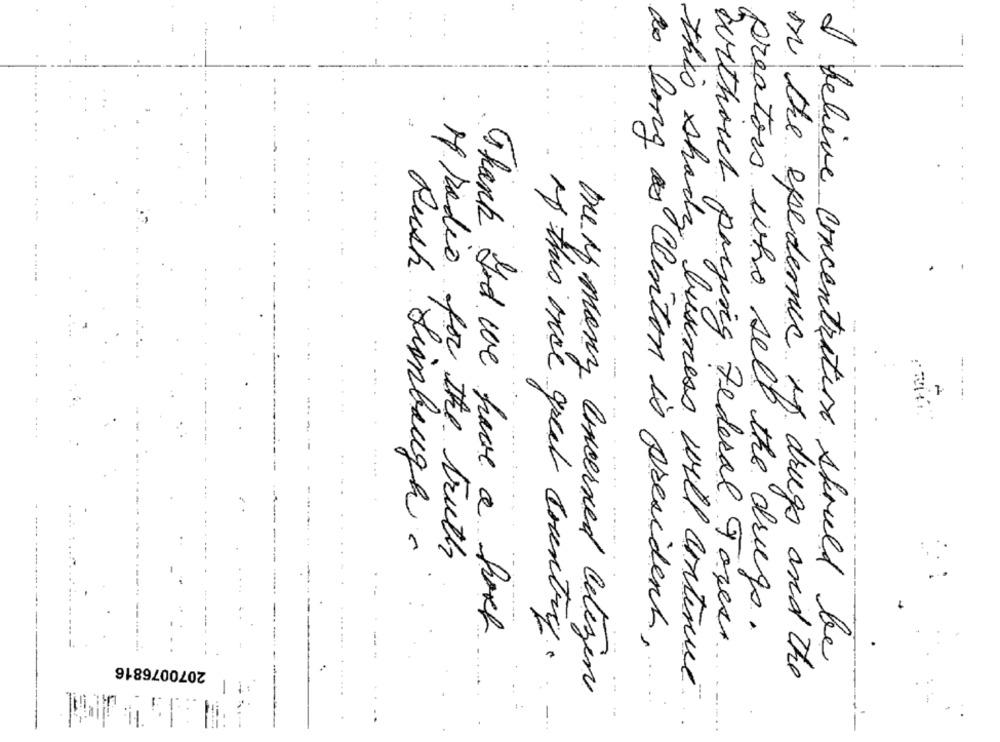
-
as long
.
- -.
Rush Limbaugh.
M radio for the truth
Thank God we have a fort
preators who sell the drugs.
without paying Federal Toyer
2070076816
I believe concentration should be
of this once great country.
this show clinton is president ,.
on the epedemic of drugs and the
Die if many concerned Citizen
business will continue
-.